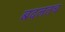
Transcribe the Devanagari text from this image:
बदलतच